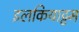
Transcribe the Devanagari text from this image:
इलकियाट्टम